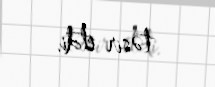
təsir etdi.